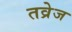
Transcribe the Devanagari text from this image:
तव्रेज